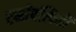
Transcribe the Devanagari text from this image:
टर्मावलियों